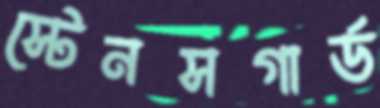
স্টেনসগার্ড